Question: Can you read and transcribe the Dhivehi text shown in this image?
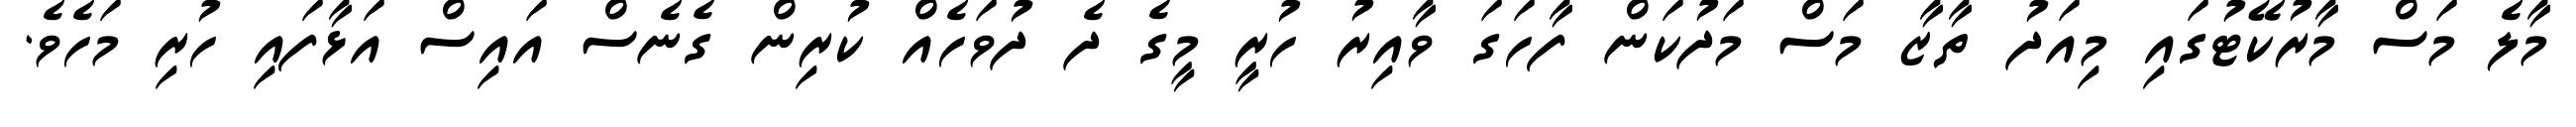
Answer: މާލެ މަސް މާރުކޭޓުގައި މިއަދު ތާޒާ މަސް މަދުކަން ފާހަގަ ވާއިރު ހުރީ މީގެ ދެ ދުވަހެއް ކުރިން ގެނެސް އައިސް އަޅާފައި ހުރި މަހެވެ.